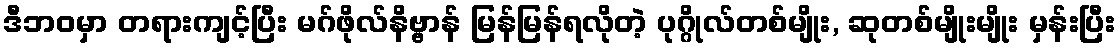
ဒီဘဝမှာ တရားကျင့်ပြီး မဂ်ဖိုလ်နိဗ္ဗာန် မြန်မြန်ရလိုတဲ့ ပုဂ္ဂိုလ်တစ်မျိုး, ဆုတစ်မျိုးမျိုး မှန်းပြီး